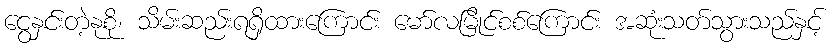
ငွေနှင်းတဲ့နုစို၊ သိမ်းဆည်းရရှိထားကြောင်း မော်လမြိုင်စစ်ကြောင်း အဆုံးသတ်သွားသည်နှင့်